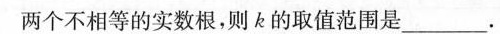
两个不相等的实数根，则k的取值范围是___.